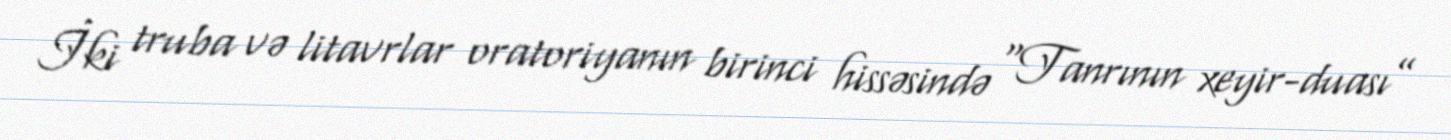
İki truba və litavrlar oratoriyanın birinci hissəsində “Tanrının xeyir-duası”